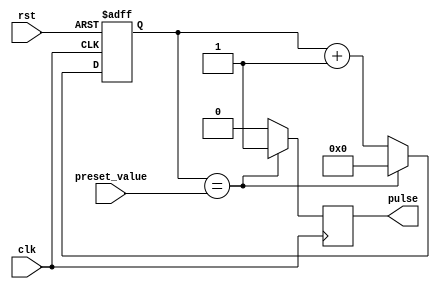
module VariablePulseWidthGenerator(
    input wire clk,
    input wire rst,
    input wire [7:0] preset_value,
    output reg pulse
);

reg [7:0] counter;
wire enable;

assign enable = counter == preset_value;

// Counter
always @(posedge clk or posedge rst)
begin
    if (rst)
        counter <= 8'b0;
    else if (enable)
        counter <= 8'b0;
    else
        counter <= counter + 8'b1;
end

// Pulse generation logic
always @(posedge clk)
begin
    if (enable)
        pulse <= 1'b1;
    else
        pulse <= 1'b0;
end

endmodule